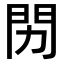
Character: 𬮅